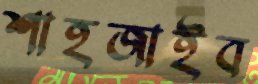
শাহজাইব